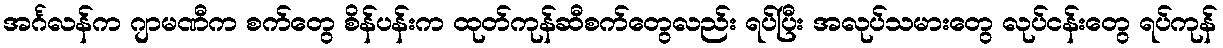
အင်္ဂလန်က ဂျာမဏီက စက်တွေ စိန်ပန်းက ထုတ်ကုန်ဆီစက်တွေလည်း ရပ်ပြီး အလုပ်သမားတွေ လုပ်ငန်းတွေ ရပ်ကုန်